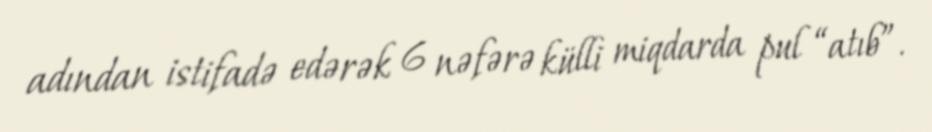
adından istifadə edərək 6 nəfərə külli miqdarda pul “atıb”.